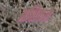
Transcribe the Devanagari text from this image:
अशिकल